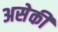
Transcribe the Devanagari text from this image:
असेकी